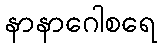
နာနာဂေါစရေ